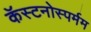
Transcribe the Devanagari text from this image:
कॅस्टनोस्पर्मम